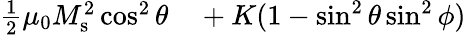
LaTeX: \begin{array}{rl}{\frac{1}{2}\mu_{0}M_{\mathrm{s}}^{2}\cos^{2}\theta}&{{}+K(1-\sin^{2}\theta\sin^{2}\phi)}\end{array}